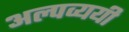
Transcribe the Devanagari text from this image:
अल्पव्ययी